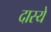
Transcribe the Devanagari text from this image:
दास्ये